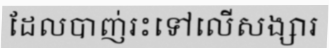
ដែលបាញ់រះទៅលើសង្សារ